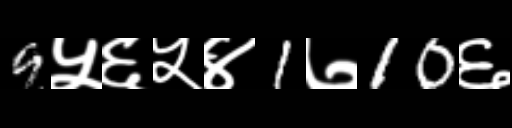
Text: 9५६५४1७10६